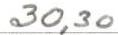
30,30